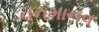
વનમાનવ